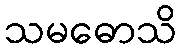
သမဓောသိ